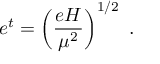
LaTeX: e ^ { t } = \left( \frac { e H } { \mu ^ { 2 } } \right) ^ { 1 / 2 } ~ .